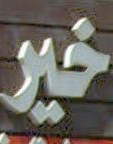
خير